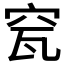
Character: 𥥟